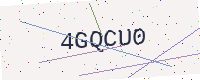
Text: 4GQCU0